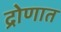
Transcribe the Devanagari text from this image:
द्रोणात